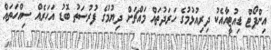
އިންޕޯޓް ޑިއުޓީއާއެކު ދިރިއުޅުމުގެ ހަރަދުތައް މައްޗަށް ދިޔުމުގެ ފުރުސަތު ބޮޑު އަހަރެއް ސިއްހަތައް